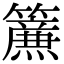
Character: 𮆴